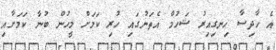
އެ ހާދިސާ ހިނގިއިރު ޝަހުމް އެތަނުގައި ހުރި ކަމަށް މީހުން ބުނާ ކަމަށާއި